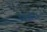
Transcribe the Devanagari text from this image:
निर्झर।